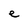
Character: e